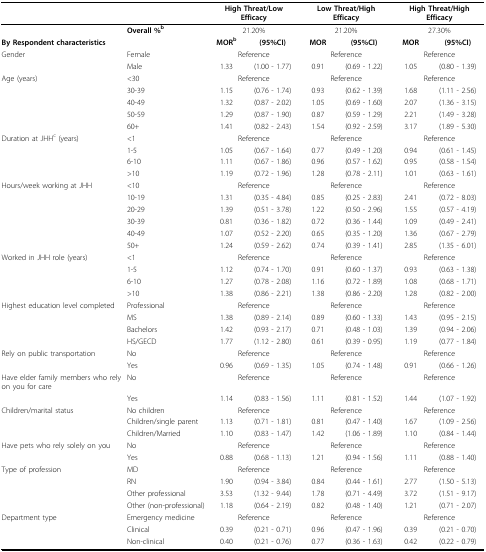
<table><thead><tr><td></td><td></td><td colspan="2"><b>High Threat/Low Efficacy</b></td><td colspan="2"><b>Low Threat/High Efficacy</b></td><td colspan="2"><b>High Threat/High Efficacy</b></td></tr></thead><tbody><tr><td></td><td><b>Overall %</b><sup><b>b</b></sup></td><td colspan="2">21.20%</td><td colspan="2">21.20%</td><td colspan="2">27.30%</td></tr><tr><td colspan="2"><b>By Respondent characteristics</b></td><td><b>MOR</b><sup><b>b</b></sup></td><td><b>(95%CI)</b></td><td><b>MOR</b></td><td><b>(95%CI)</b></td><td><b>MOR</b></td><td><b>(95%CI)</b></td></tr><tr><td>Gender</td><td>Female</td><td colspan="2">Reference</td><td colspan="2">Reference</td><td colspan="2">Reference</td></tr><tr><td></td><td>Male</td><td>1.33</td><td>(1.00 - 1.77)</td><td>0.91</td><td>(0.69 - 1.22)</td><td>1.05</td><td>(0.80 - 1.39)</td></tr><tr><td>Age (years)</td><td>&lt;30</td><td colspan="2">Reference</td><td colspan="2">Reference</td><td colspan="2">Reference</td></tr><tr><td></td><td>30-39</td><td>1.15</td><td>(0.76 - 1.74)</td><td>0.93</td><td>(0.62 - 1.39)</td><td>1.68</td><td>(1.11 - 2.56)</td></tr><tr><td></td><td>40-49</td><td>1.32</td><td>(0.87 - 2.02)</td><td>1.05</td><td>(0.69 - 1.60)</td><td>2.07</td><td>(1.36 - 3.15)</td></tr><tr><td></td><td>50-59</td><td>1.29</td><td>(0.87 - 1.90)</td><td>0.87</td><td>(0.59 - 1.29)</td><td>2.21</td><td>(1.49 - 3.28)</td></tr><tr><td></td><td>60+</td><td>1.41</td><td>(0.82 - 2.43)</td><td>1.54</td><td>(0.92 - 2.59)</td><td>3.17</td><td>(1.89 - 5.30)</td></tr><tr><td>Duration at JHH<sup>c </sup>(years)</td><td>&lt;1</td><td colspan="2">Reference</td><td colspan="2">Reference</td><td colspan="2">Reference</td></tr><tr><td></td><td>1-5</td><td>1.05</td><td>(0.67 - 1.64)</td><td>0.77</td><td>(0.49 - 1.20)</td><td>0.94</td><td>(0.61 - 1.45)</td></tr><tr><td></td><td>6-10</td><td>1.11</td><td>(0.67 - 1.86)</td><td>0.96</td><td>(0.57 - 1.62)</td><td>0.95</td><td>(0.58 - 1.54)</td></tr><tr><td></td><td>&gt;10</td><td>1.19</td><td>(0.72 - 1.96)</td><td>1.28</td><td>(0.78 - 2.11)</td><td>1.01</td><td>(0.63 - 1.61)</td></tr><tr><td>Hours/week working at JHH</td><td>&lt;10</td><td colspan="2">Reference</td><td colspan="2">Reference</td><td colspan="2">Reference</td></tr><tr><td></td><td>10-19</td><td>1.31</td><td>(0.35 - 4.84)</td><td>0.85</td><td>(0.25 - 2.83)</td><td>2.41</td><td>(0.72 - 8.03)</td></tr><tr><td></td><td>20-29</td><td>1.39</td><td>(0.51 - 3.78)</td><td>1.22</td><td>(0.50 - 2.96)</td><td>1.55</td><td>(0.57 - 4.19)</td></tr><tr><td></td><td>30-39</td><td>0.81</td><td>(0.36 - 1.82)</td><td>0.72</td><td>(0.36 - 1.44)</td><td>1.09</td><td>(0.49 - 2.41)</td></tr><tr><td></td><td>40-49</td><td>1.07</td><td>(0.52 - 2.20)</td><td>0.65</td><td>(0.35 - 1.20)</td><td>1.36</td><td>(0.67 - 2.79)</td></tr><tr><td></td><td>50+</td><td>1.24</td><td>(0.59 - 2.62)</td><td>0.74</td><td>(0.39 - 1.41)</td><td>2.85</td><td>(1.35 - 6.01)</td></tr><tr><td>Worked in JHH role (years)</td><td>&lt;1</td><td colspan="2">Reference</td><td colspan="2">Reference</td><td colspan="2">Reference</td></tr><tr><td></td><td>1-5</td><td>1.12</td><td>(0.74 - 1.70)</td><td>0.91</td><td>(0.60 - 1.37)</td><td>0.93</td><td>(0.63 - 1.38)</td></tr><tr><td></td><td>6-10</td><td>1.27</td><td>(0.78 - 2.08)</td><td>1.16</td><td>(0.72 - 1.89)</td><td>1.08</td><td>(0.68 - 1.71)</td></tr><tr><td></td><td>&gt;10</td><td>1.38</td><td>(0.86 - 2.21)</td><td>1.38</td><td>(0.86 - 2.20)</td><td>1.28</td><td>(0.82 - 2.00)</td></tr><tr><td>Highest education level completed</td><td>Professional</td><td colspan="2">Reference</td><td colspan="2">Reference</td><td colspan="2">Reference</td></tr><tr><td></td><td>MS</td><td>1.38</td><td>(0.89 - 2.14)</td><td>0.89</td><td>(0.60 - 1.33)</td><td>1.43</td><td>(0.95 - 2.15)</td></tr><tr><td></td><td>Bachelors</td><td>1.42</td><td>(0.93 - 2.17)</td><td>0.71</td><td>(0.48 - 1.03)</td><td>1.39</td><td>(0.94 - 2.06)</td></tr><tr><td></td><td>HS/GECD</td><td>1.77</td><td>(1.12 - 2.80)</td><td>0.61</td><td>(0.39 - 0.95)</td><td>1.19</td><td>(0.77 - 1.84)</td></tr><tr><td>Rely on public transportation</td><td>No</td><td colspan="2">Reference</td><td colspan="2">Reference</td><td colspan="2">Reference</td></tr><tr><td></td><td>Yes</td><td>0.96</td><td>(0.69 - 1.35)</td><td>1.05</td><td>(0.74 - 1.48)</td><td>0.91</td><td>(0.66 - 1.26)</td></tr><tr><td>Have elder family members who rely on you for care</td><td>No</td><td colspan="2">Reference</td><td colspan="2">Reference</td><td colspan="2">Reference</td></tr><tr><td></td><td>Yes</td><td>1.14</td><td>(0.83 - 1.56)</td><td>1.11</td><td>(0.81 - 1.52)</td><td>1.44</td><td>(1.07 - 1.92)</td></tr><tr><td>Children/marital status</td><td>No children</td><td colspan="2">Reference</td><td colspan="2">Reference</td><td colspan="2">Reference</td></tr><tr><td></td><td>Children/single parent</td><td>1.13</td><td>(0.71 - 1.81)</td><td>0.81</td><td>(0.47 - 1.40)</td><td>1.67</td><td>(1.09 - 2.56)</td></tr><tr><td></td><td>Children/Married</td><td>1.10</td><td>(0.83 - 1.47)</td><td>1.42</td><td>(1.06 - 1.89)</td><td>1.10</td><td>(0.84 - 1.44)</td></tr><tr><td>Have pets who rely solely on you</td><td>No</td><td colspan="2">Reference</td><td colspan="2">Reference</td><td colspan="2">Reference</td></tr><tr><td></td><td>Yes</td><td>0.88</td><td>(0.68 - 1.13)</td><td>1.21</td><td>(0.94 - 1.56)</td><td>1.11</td><td>(0.88 - 1.40)</td></tr><tr><td>Type of profession</td><td>MD</td><td colspan="2">Reference</td><td colspan="2">Reference</td><td colspan="2">Reference</td></tr><tr><td></td><td>RN</td><td>1.90</td><td>(0.94 - 3.84)</td><td>0.84</td><td>(0.44 - 1.61)</td><td>2.77</td><td>(1.50 - 5.13)</td></tr><tr><td></td><td>Other professional</td><td>3.53</td><td>(1.32 - 9.44)</td><td>1.78</td><td>(0.71 - 4.49)</td><td>3.72</td><td>(1.51 - 9.17)</td></tr><tr><td></td><td>Other (non-professional)</td><td>1.18</td><td>(0.64 - 2.19)</td><td>0.82</td><td>(0.48 - 1.40)</td><td>1.21</td><td>(0.71 - 2.07)</td></tr><tr><td>Department type</td><td>Emergency medicine</td><td colspan="2">Reference</td><td colspan="2">Reference</td><td colspan="2">Reference</td></tr><tr><td></td><td>Clinical</td><td>0.39</td><td>(0.21 - 0.71)</td><td>0.96</td><td>(0.47 - 1.96)</td><td>0.39</td><td>(0.21 - 0.70)</td></tr><tr><td></td><td>Non-clinical</td><td>0.40</td><td>(0.21 - 0.76)</td><td>0.77</td><td>(0.36 - 1.63)</td><td>0.42</td><td>(0.22 - 0.79)</td></tr></tbody></table>